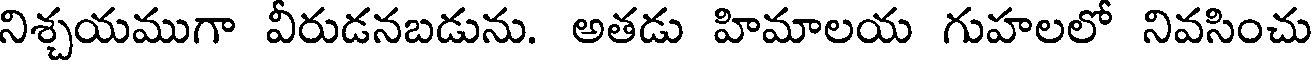
నిశ్చయముగా వీరుడనబడును. అతడు హిమాలయ గుహలలో నివసించు